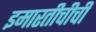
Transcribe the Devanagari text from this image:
इमारतीचीची